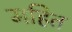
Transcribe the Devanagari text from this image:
महित